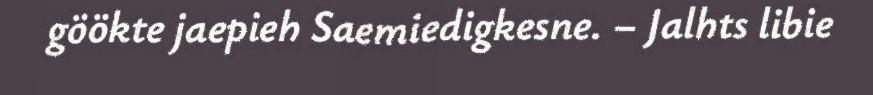
göökte jaepieh Saemiedigkesne. – Jalhts libie